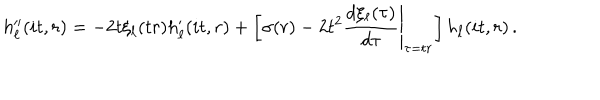
LaTeX: h _ { \ell } ^ { \prime \prime } ( i t , r ) = - 2 t \xi _ { \ell } ( t r ) h _ { \ell } ^ { \prime } ( i t , r ) + \left[ \sigma ( r ) - 2 t ^ { 2 } \left. \frac { d \xi _ { \ell } ( \tau ) } { d \tau } \right| _ { \tau = t r } \right] h _ { \ell } ( i t , r ) \, .